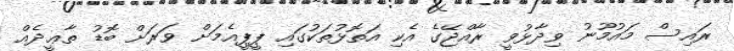
ރައިސް މައުމޫނު ވިދާޅުވީ ރާއްޖޭގެ އެކި އަތޮޅުތަކުގައި ޕީޕީއެމަށް ވަރަށް ބޮޑު ތާޢީދެއް